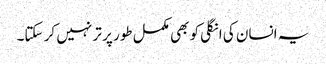
یہ انسان کی انگلی کو بھی مکمل طور پر تر نہیں کر سکتا۔